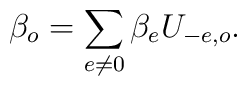
\beta_{o}=\sum_{e\neq0}\beta_{e}U_{-e,o}.